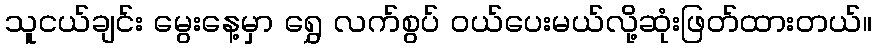
သူငယ်ချင်း မွေးနေ့မှာ ရွှေ လက်စွပ် ဝယ်ပေးမယ်လို့ဆုံးဖြတ်ထားတယ်။